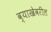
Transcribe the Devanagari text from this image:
व्याखेवरील